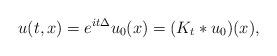
LaTeX: \begin{align*}u(t,x)=e^{i t \Delta}u_0(x)=(K_t\ast u_0)(x),\end{align*}